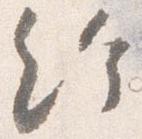
給